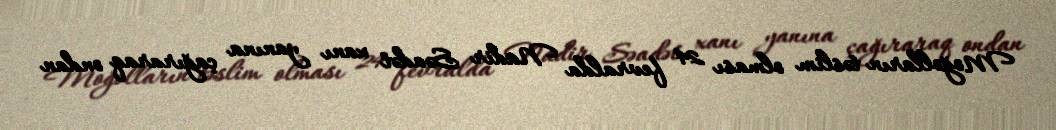
Moğolların təslim olması 24 fevralda Nadir Səadət xanı yanına çağıraraq ondan